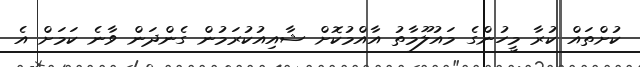
ކުށްތައް ކުރާ މީހުންގެ މައުލޫމާތު އާއްމުކޮށް ޝާއިއުކުރަމުން ގެންދަން ވާނެ ކަމަށް އެ